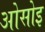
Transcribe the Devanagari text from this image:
ओसोइ